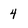
Character: 4